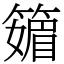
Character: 䉋